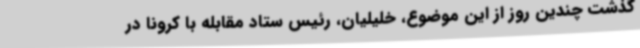
گذشت چندین روز از این موضوع، خلیلیان، رئیس ستاد مقابله با کرونا در